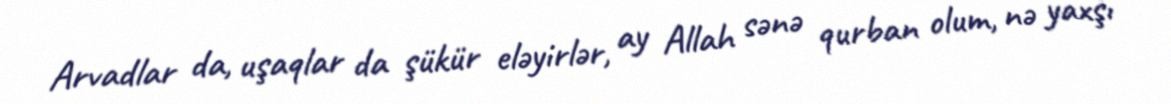
Arvadlar da, uşaqlar da şükür eləyirlər, ay Allah sənə qurban olum, nə yaxşı